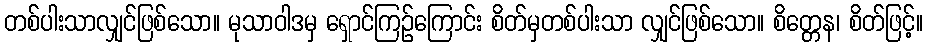
တစ်ပါးသာလျှင်ဖြစ်သော။ မုသာဝါဒမှ ရှောင်ကြဉ်ကြောင်း စိတ်မှတစ်ပါးသာ လျှင်ဖြစ်သော။ စိတ္တေန၊ စိတ်ဖြင့်။